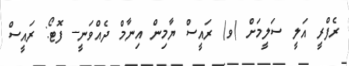
ރެފްރީ އަލީ ސަލީމަށް (ވ) ރައީސް ޔާމިން އިނާމް ދެއްވަނީ-- ފޮޓޯ: ރައީސް